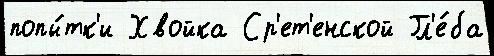
попы́тк'и Хвойка Ср'ет'енской Гл'е́ба